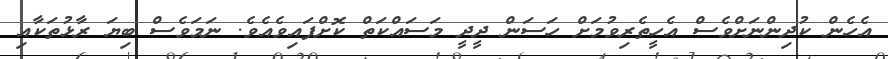
އެހެން ކުދިންނަށްވެސް އެހީތެރިވުމަށް ހަސަން ދީދީ މަސައްކަތް ކޮށްފައިވެއެވެ. ނަމަވެސް ބިޔަ ރާޅުތަކާއި